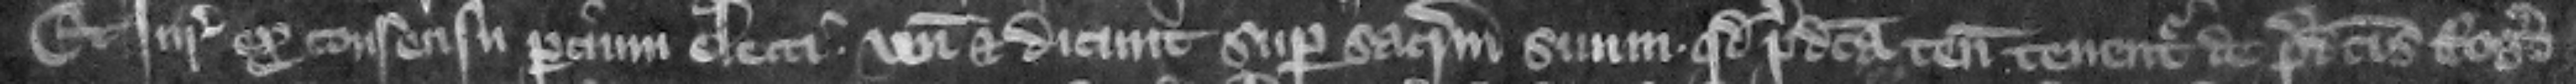
Et iuratores ex consensu parcium electi veniunt et dicunt super sacramentum suum quod predicta tenementa tenentur de predictis Roger